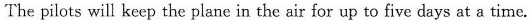
The pilots will keep the plane in the air for up to five days at a time.